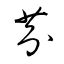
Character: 芬